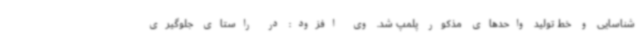
شناسایی و خط تولید واحدهای مذکور پلمپ شد. وی افزود: در راستای جلوگیری